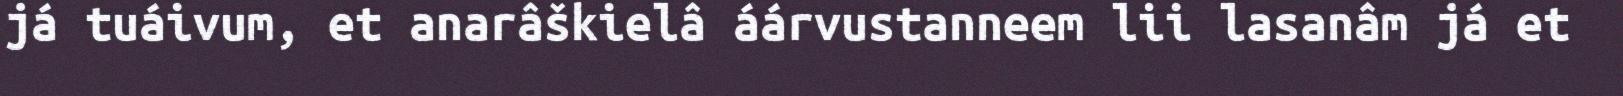
já tuáivum, et anarâškielâ áárvustanneem lii lasanâm já et